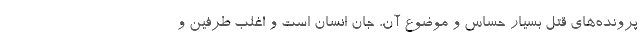
پرونده‌های قتل بسیار حساس و موضوع آن، جان انسان است و اغلب طرفین و